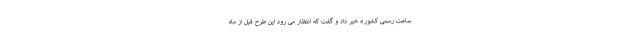
ساعت رسمی کشور» خبر داد و گفت که انتظار می رود این طرح قبل از ماه